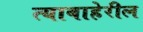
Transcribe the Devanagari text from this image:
त्याबाहेरील